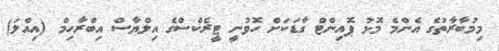
މިމުބާރާތުގެ އެންމެ މޮޅު ޕޮއިންޓް ގާޑަކަށް ހޮވުނީ ޓީރެކްސްގެ އިލްޔާސް އިބްރާހިމް (އިއްލަ)